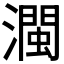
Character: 𤁝